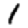
Digit: 1